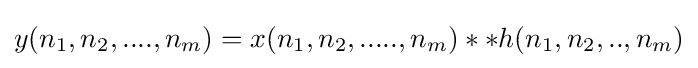
y(n_{1},n_{2},....,n_{m})=x(n_{1},n_{2},.....,n_{m})\ast \ast h(n_{1},n_{2},..,n_{m})